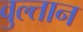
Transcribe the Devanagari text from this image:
वुल्तान